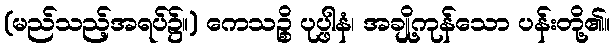
(မည်သည့်အရပ်၌။) ကေသဉ္စိ ပုပ္ဖါနံ၊ အချို့ကုန်သော ပန်းတို့၏။